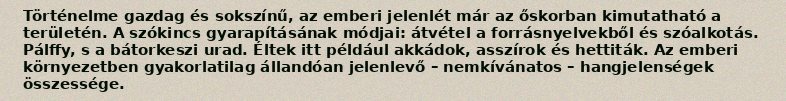
Történelme gazdag és sokszínű, az emberi jelenlét már az őskorban kimutatható a területén. A szókincs gyarapításának módjai: átvétel a forrásnyelvekből és szóalkotás. Pálffy, s a bátorkeszi urad. Éltek itt például akkádok, asszírok és hettiták. Az emberi környezetben gyakorlatilag állandóan jelenlevő – nemkívánatos – hangjelenségek összessége.